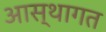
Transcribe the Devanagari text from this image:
आस्थागत